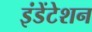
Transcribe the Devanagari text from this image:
इंडेंटेशन